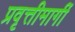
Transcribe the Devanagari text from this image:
प्रवृत्तीमार्गी